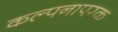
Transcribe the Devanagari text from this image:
कल्पनापरक